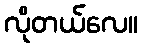
လိုတယ်လေ။